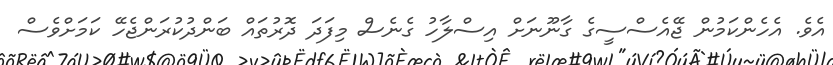
އެވެ. އެހެންކަމުން ޖޭއެސްސީގެ ގާނޫނަށް އިސްލާހު ގެނެސް މިފަދަ ދޮރުތައް ބަންދުކުރަންޖެހޭ ކަމަށްވެސް